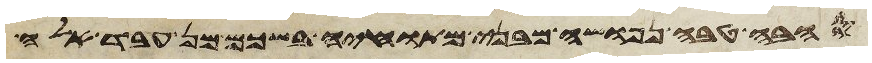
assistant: השדה אשר נטה שם אהלו מיד בני חמור אבי שכם במאה